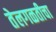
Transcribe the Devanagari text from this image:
तेलगळतीचा